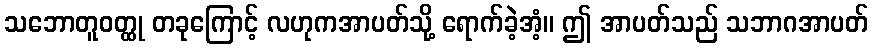
သဘောတူဝတ္ထု တခုကြောင့် လဟုကအာပတ်သို့ ရောက်ခဲ့အံ့။ ဤ အာပတ်သည် သဘာဂအာပတ်